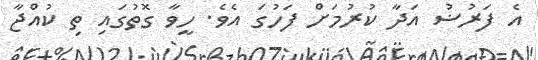
އެ ފަރުޟު އަދާ ކުރުމަށް ފަހުގަ އެވެ. ހީވާ ގޮތުގައި ތި ކުއްޖާ